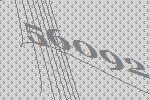
56092